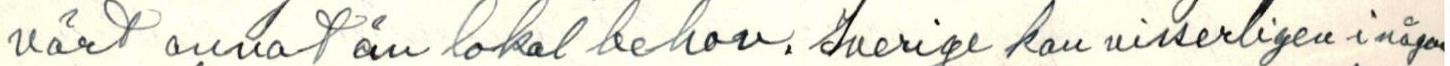
värt annat ån lokal behov. Sverige kan visserligen i någon